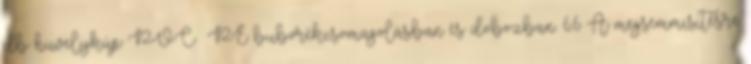
db hüvelykúp PVC PE buborékcsomagolásban és dobozban. 6.6 A megsemmisítésre